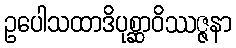
ဥပေါသထာဒိပုစ္ဆာဝိဿဇ္ဇနာ